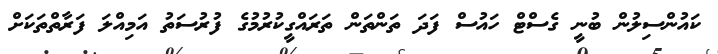
ކައުންސިލުން ބުނީ ގެސްޓް ހައުސް ފަދަ ތަންތަން ތަރައްގީކުރުމުގެ ފުރުސަތު އަމިއްލަ ފަރާތްތަކަށް